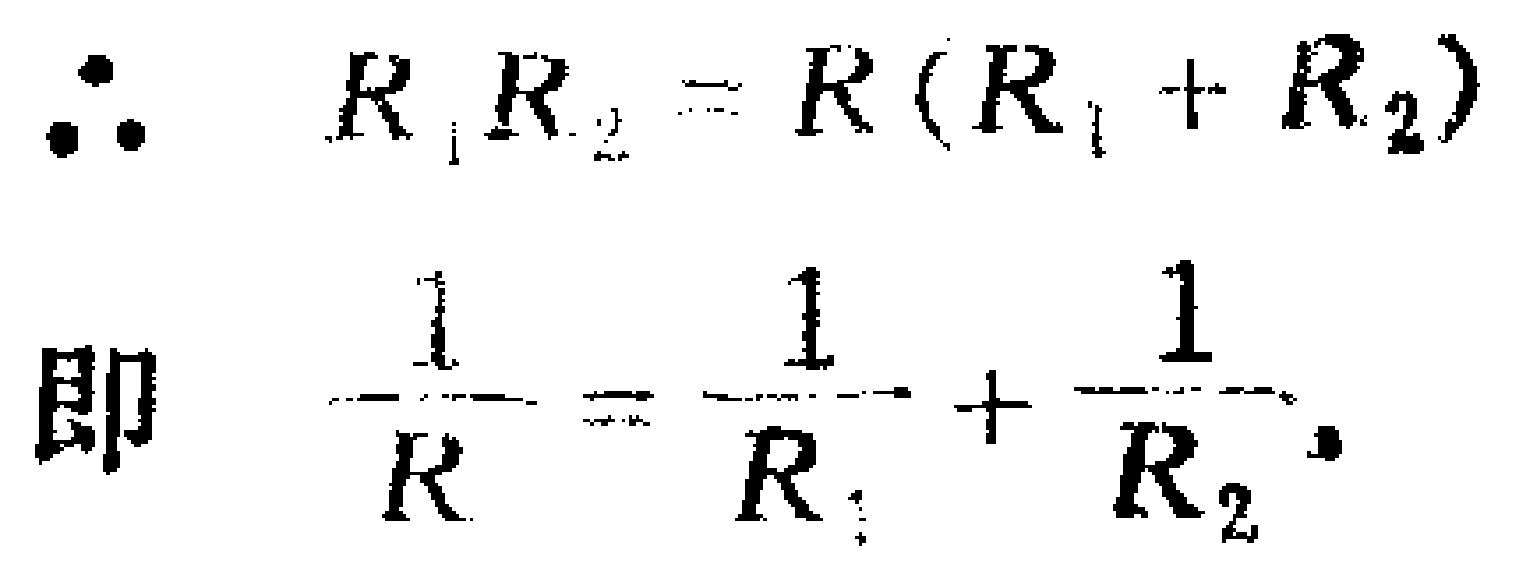
\[\begin{align*}
\therefore\quad R_1R_2&=R(R_1 + R_2)\\
\text{即}\quad\frac{1}{R}&=\frac{1}{R_1}+\frac{1}{R_2}
\end{align*}\]